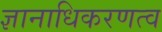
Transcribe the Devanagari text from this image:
ज्ञानाधिकरणत्व